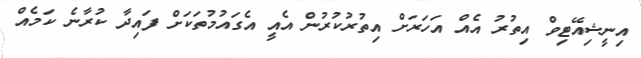
އިނީޝިއޭޓިވް އިތުރު އެއް އަހަރަށް އިތުރުކުރުން އެއީ އެގައުމުތަކަށް ފައިދާ ކުރާނެ ކަމެއް